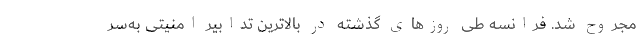
مجروح شد. فرانسه‌ طی روزهای گذشته در بالاترین تدابیر امنیتی به‌سر